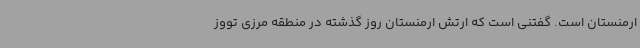
ارمنستان است. گفتنی است که ارتش ارمنستان روز گذشته در منطقه مرزی تووز